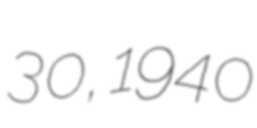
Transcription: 30, 1940